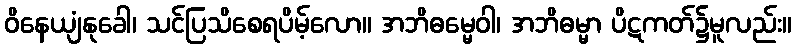
ဝိနေယျံနုခေါ၊ သင်ပြသိစေရပိမ့်လော။ အဘိဓမ္မေဝါ၊ အဘိဓမ္မာ ပိဋကတ်၌မူလည်း။